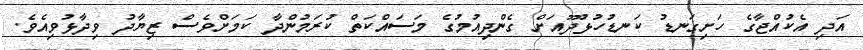
އަދި އެކުއްޖާގެ ހަށިގަނޑު ކަނޑުހުޅުދޫއަށް ގެންދިއުމުގެ މަސައްކަތް ކުރަމުންދާ ކަމަށްވެސް ޒިޔާދު ވިދާޅުވިއެވެ.